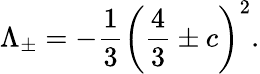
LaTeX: \Lambda_{\pm}=-\frac{1}{3}\left(\frac{4}{3}\pm c\right)^{2}.